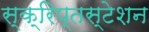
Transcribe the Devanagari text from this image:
स्क्रिप्तस्टेशन